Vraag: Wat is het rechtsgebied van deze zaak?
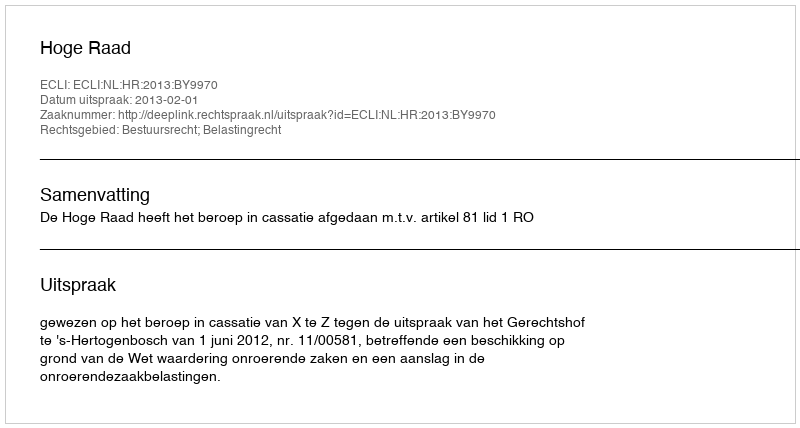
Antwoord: Bestuursrecht; Belastingrecht